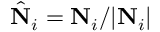
\hat { \bf N } _ { i } = { \bf N } _ { i } / | { \bf N } _ { i } |